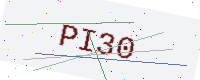
Text: PI30